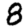
Digit: 8